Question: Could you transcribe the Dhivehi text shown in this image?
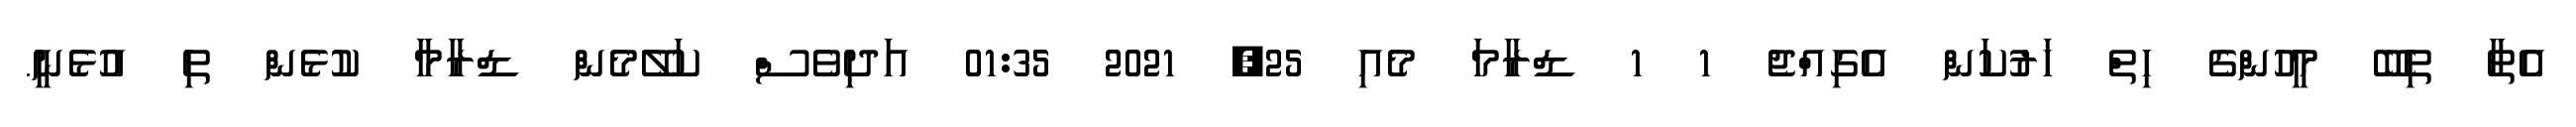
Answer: އެތާ ތިބޭ މީހުންގެ ހިތް ހަރުކަން އެގިއްޖެ 1 1 ޑްރާމަ މެއި 25, 2021 01:35 އަދިވެސް ކަލޭމެން ޑްރާމާ ކުޅެން ތި އުޅެނީ.